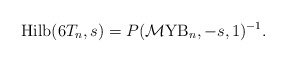
\begin{gather*}{\rm Hilb}(6T_n,s)=P({\cal M}{\rm YB}_n,-s,1)^{-1} .\end{gather*}